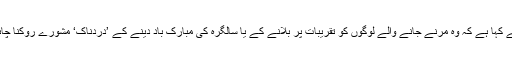
انھوں نے کہا ہے کہ وہ مرنے جانے والے لوگوں کو تقریبات پر بلانے کے یا سالگرہ کی مبارک باد دینے کے ’دردناک‘ مشورے روکنا چاہتے ہیں۔